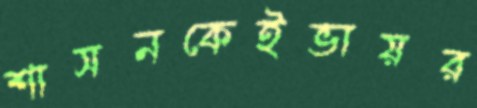
শাসনকেইভায়র